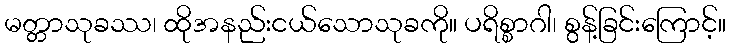
မတ္တာသုခဿ၊ ထိုအနည်းငယ်သောသုခကို။ ပရိစ္စာဂါ၊ စွန့်ခြင်းကြောင့်။